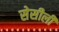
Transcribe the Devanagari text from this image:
सेसीली